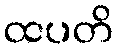
ထပတိ